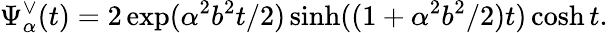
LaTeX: \Psi_{\alpha}^{\vee}(t)=2\exp(\alpha^{2}b^{2}t/2)\sinh((1+\alpha^{2}b^{2}/2)t)\cosh t.